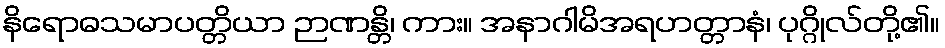
နိရောဓသမာပတ္တိယာ ဉာဏန္တိ၊ ကား။ အနာဂါမိအရဟတ္တာနံ၊ ပုဂ္ဂိုလ်တို့၏။